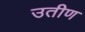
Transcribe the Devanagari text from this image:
उतीण